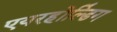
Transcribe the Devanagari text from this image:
एयरहोल्डिंग